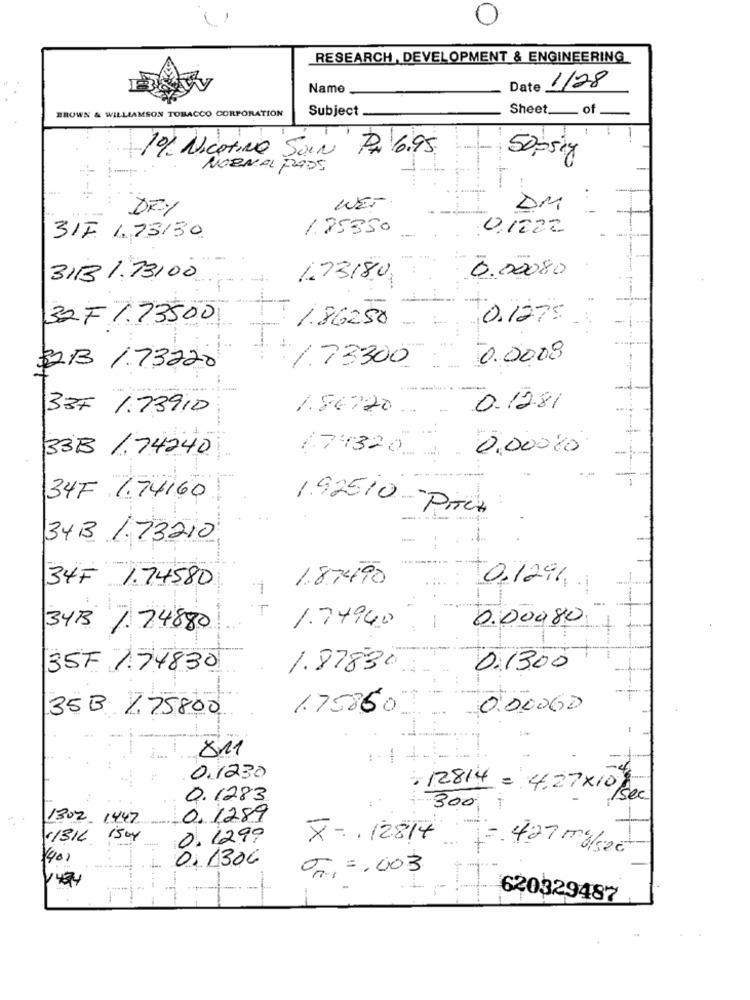
RESEARCH , DEVELOPMENT & ENGINEERING
Name
Date
1/28
BROWN & WILLIAMSON TOBACCO CORPORATION
Subject
Sheet __ of
1% Nicotine Soin Pa 6.95.
50,5kg
NORMAL PADS
..
--
DEY
WET.
DM
1.85350
0.1222
31F 1.73130
0.00080
3113 /73,00
1.7318,0
32F 1.73500
0.1275
1.86250
- -
0.0008
323 /73220
7.73300
-
------
337 1.73910
1.86:20 .. .
0.12.81
33B /. 74240
0.00000
(74320_
34F 1.74160
192510 - PITCH
343 / 73210
34F 1.74580
1.87490
0.129
0.000, 80
343 / 74880
1.74940
357 174830
1.87830.
0.1300
35B 1.75800
1.75860
0.000GD
811
0.1230
. 12814 = 4.27×10)
0. 1283
/sec
300
1302 1447
0, 1289
C/3KL 15kg
0.12.99
X -, 12814
-. 427 mg/sec
140)
0: 1306
0 =. 003
620329487